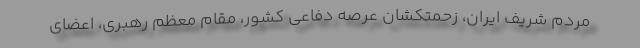
مردم شریف ایران، زحمتکشان عرصه دفاعی کشور، مقام معظم رهبری، اعضای